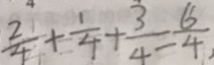
\frac { 2 } { 4 } + \frac { 1 } { 4 } + \frac { 3 } { 4 } = \frac { 6 } { 4 }